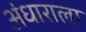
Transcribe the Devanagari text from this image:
अंधाराला